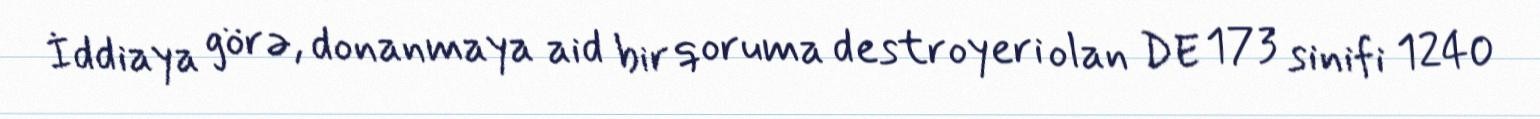
İddiaya görə, donanmaya aid bir qoruma destroyeri olan DE 173 sinifi 1240